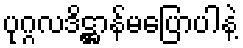
ပုဂ္ဂလဒိဋ္ဌာန်မပြောပါနဲ့